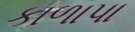
કાળાપા